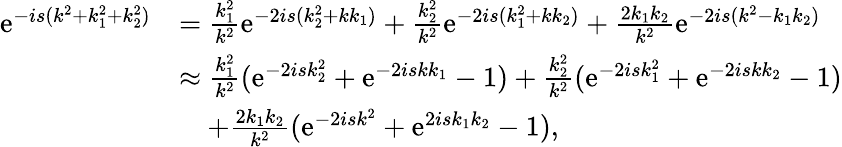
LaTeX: \begin{array}{rl}{\mathrm{e}^{-is(k^{2}+k_{1}^{2}+k_{2}^{2})}}&{=\frac{k_{1}^{2}}{k^{2}}\mathrm{e}^{-2is(k_{2}^{2}+kk_{1})}+\frac{k_{2}^{2}}{k^{2}}\mathrm{e}^{-2is(k_{1}^{2}+kk_{2})}+\frac{2k_{1}k_{2}}{k^{2}}\mathrm{e}^{-2is(k^{2}-k_{1}k_{2})}}\\ &{\approx\frac{k_{1}^{2}}{k^{2}}(\mathrm{e}^{-2isk_{2}^{2}}+\mathrm{e}^{-2iskk_{1}}-1)+\frac{k_{2}^{2}}{k^{2}}(\mathrm{e}^{-2isk_{1}^{2}}+\mathrm{e}^{-2iskk_{2}}-1)}\\ &{\quad+\frac{2k_{1}k_{2}}{k^{2}}(\mathrm{e}^{-2isk^{2}}+\mathrm{e}^{2isk_{1}k_{2}}-1),}\end{array}